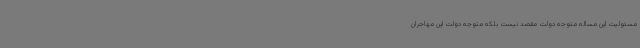
مسئولیت این مساله متوجه دولت مقصد نیست بلکه متوجه دولت این مهاجران